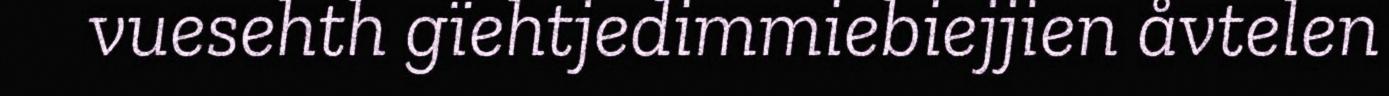
vuesehth gïehtjedimmiebiejjien åvtelen